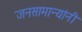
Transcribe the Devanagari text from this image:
जनसामान्यांनी